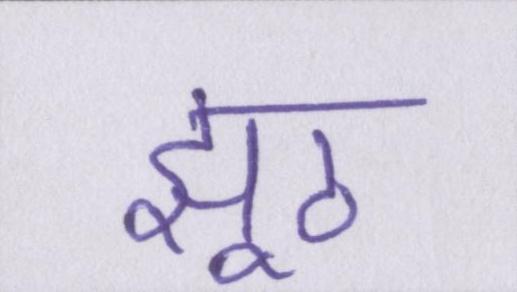
झूठ